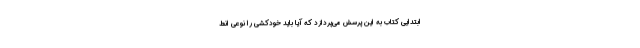
ابتدایی کتاب به این پرسش می‌پردازد که آیا باید خودکشی را نوعی انط